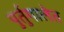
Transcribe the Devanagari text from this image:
पुर्तुगालेत